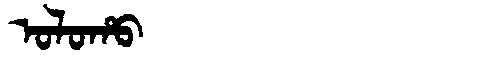
Manchu: ᠣᠯᠣᡥᠣ
Romanization: OLOHO